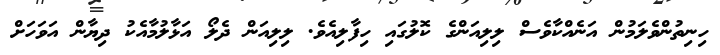
ހިނިތުންވެލަމުން އަނެއްކާވެސް ލިލިއަންގެ ކޮލުގައި ހިފާލިއެވެ. ލިލިއަން ދެލޯ އަޅާލުމާއެކު ދިޔާން އަވަހަށް